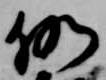
仍